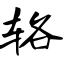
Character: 辂